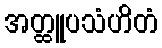
အတ္ထူပသံဟိတံ